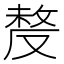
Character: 𠭰